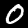
Digit: 0